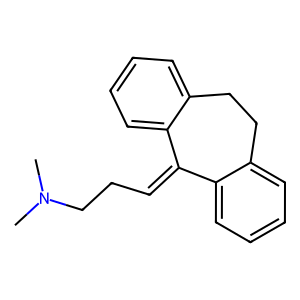
SMILES: CN(C)CCC=C1c2ccccc2CCc2ccccc21
Inhibits HIV replication: No